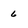
Character: 6